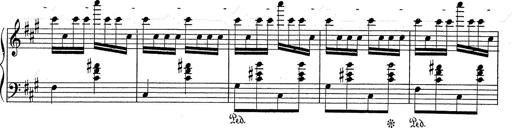
Title: Hungarian Rhapsody No.2
Composer: Franz Liszt
Key: C-sharp minor